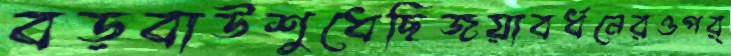
বড়বাউশুধেছিজয়াবর্ধনেরওপর্